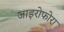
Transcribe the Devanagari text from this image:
जाइरोफोरा